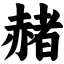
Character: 赭